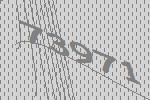
73971